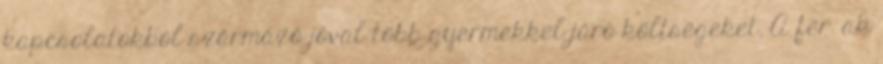
kapcsolatokból származó jóval több gyermekkel járó költségeket. A férﬁak